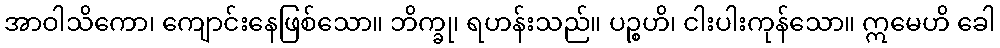
အာဝါသိကော၊ ကျောင်းနေဖြစ်သော။ ဘိက္ခု၊ ရဟန်းသည်။ ပဉ္စဟိ၊ ငါးပါးကုန်သော။ ဣမေဟိ ခေါ